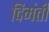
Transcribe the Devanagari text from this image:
दिमंती